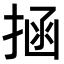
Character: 𭡝